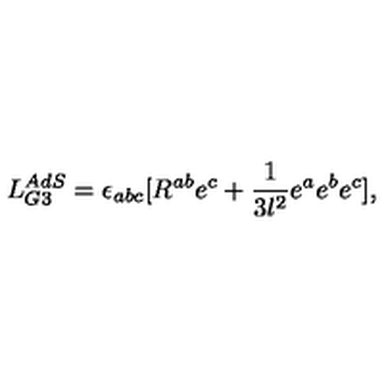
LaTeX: L _ { G 3 } ^ { A d S } = \epsilon _ { a b c } [ R ^ { a b } e ^ { c } + \frac { 1 } { 3 l ^ { 2 } } e ^ { a } e ^ { b } e ^ { c } ] ,